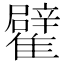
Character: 𩁊